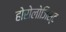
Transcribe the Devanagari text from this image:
होरोलोजिस्ट